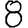
Digit: 8